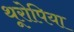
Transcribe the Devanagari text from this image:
थूरोपिया